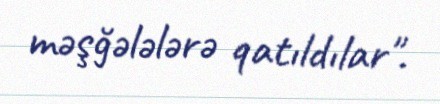
məşğələlərə qatıldılar".